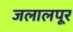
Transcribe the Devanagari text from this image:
जलालपूर